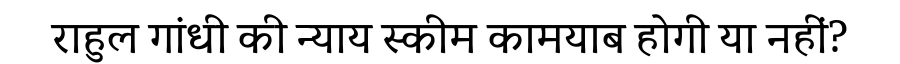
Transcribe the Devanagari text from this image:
राहुल गांधी की न्याय स्कीम कामयाब होगी या नहीं?